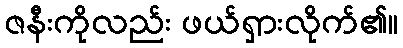
ဇနီးကိုလည်း ဖယ်ရှားလိုက်၏။